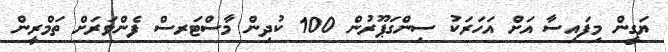
ޔަގީން މިފައިސާ އަށް އަހަރަކު ސިންގަޕޫރުން 100 ކުދިން މާސްޓަރސް ފެންވަރަށް ތަމްރީން